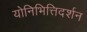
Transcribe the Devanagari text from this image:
योनिभित्तिदर्शन